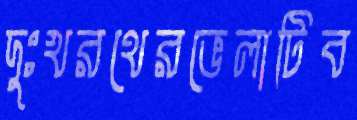
দুঃখরথেরভেলাটিব